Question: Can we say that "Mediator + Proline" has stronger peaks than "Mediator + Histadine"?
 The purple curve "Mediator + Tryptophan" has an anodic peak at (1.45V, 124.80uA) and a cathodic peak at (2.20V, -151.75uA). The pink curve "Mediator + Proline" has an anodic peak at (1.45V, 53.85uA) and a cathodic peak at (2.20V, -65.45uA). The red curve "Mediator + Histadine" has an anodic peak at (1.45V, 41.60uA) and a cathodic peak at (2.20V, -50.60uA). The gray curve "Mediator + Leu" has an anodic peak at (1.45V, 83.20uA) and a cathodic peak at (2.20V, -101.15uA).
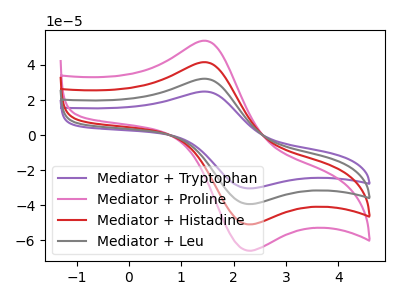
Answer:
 <answer>Every peak in "Mediator + Proline" is higher than every peak in "Mediator + Histadine".</answer>
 <eval>higher</eval>